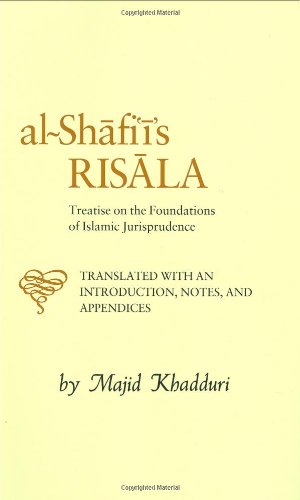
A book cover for Al-Shafi'i's Risala: Treatise on the Foundations of Islamic Jurisprudence; Muhammad ibn Idris al-Shafi'I; Religion & Spirituality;